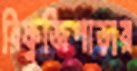
রিফুজিপাড়ার